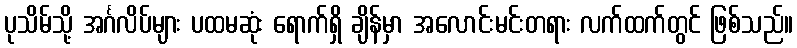
ပုသိမ်သို့ အင်္ဂလိပ်များ ပထမဆုံး ရောက်ရှိ ချိန်မှာ အလောင်းမင်းတရား လက်ထက်တွင် ဖြစ်သည်။